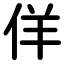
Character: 佯